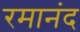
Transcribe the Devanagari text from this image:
रमानंद